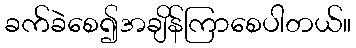
ခက်ခဲစေ၍အချိန်ကြာစေပါတယ်။